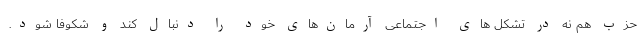
حزب هم نه در تشکل های اجتماعی آرمان‌های خود را دنبال کند و شکوفا شود.